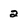
Character: 2